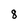
Character: 8